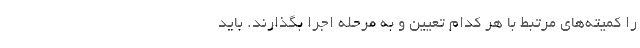
را کمیته‌های مرتبط با هر کدام تعیین و به مرحله اجرا بگذارند. باید